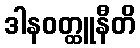
ဒါနဝတ္ထူနီတိ